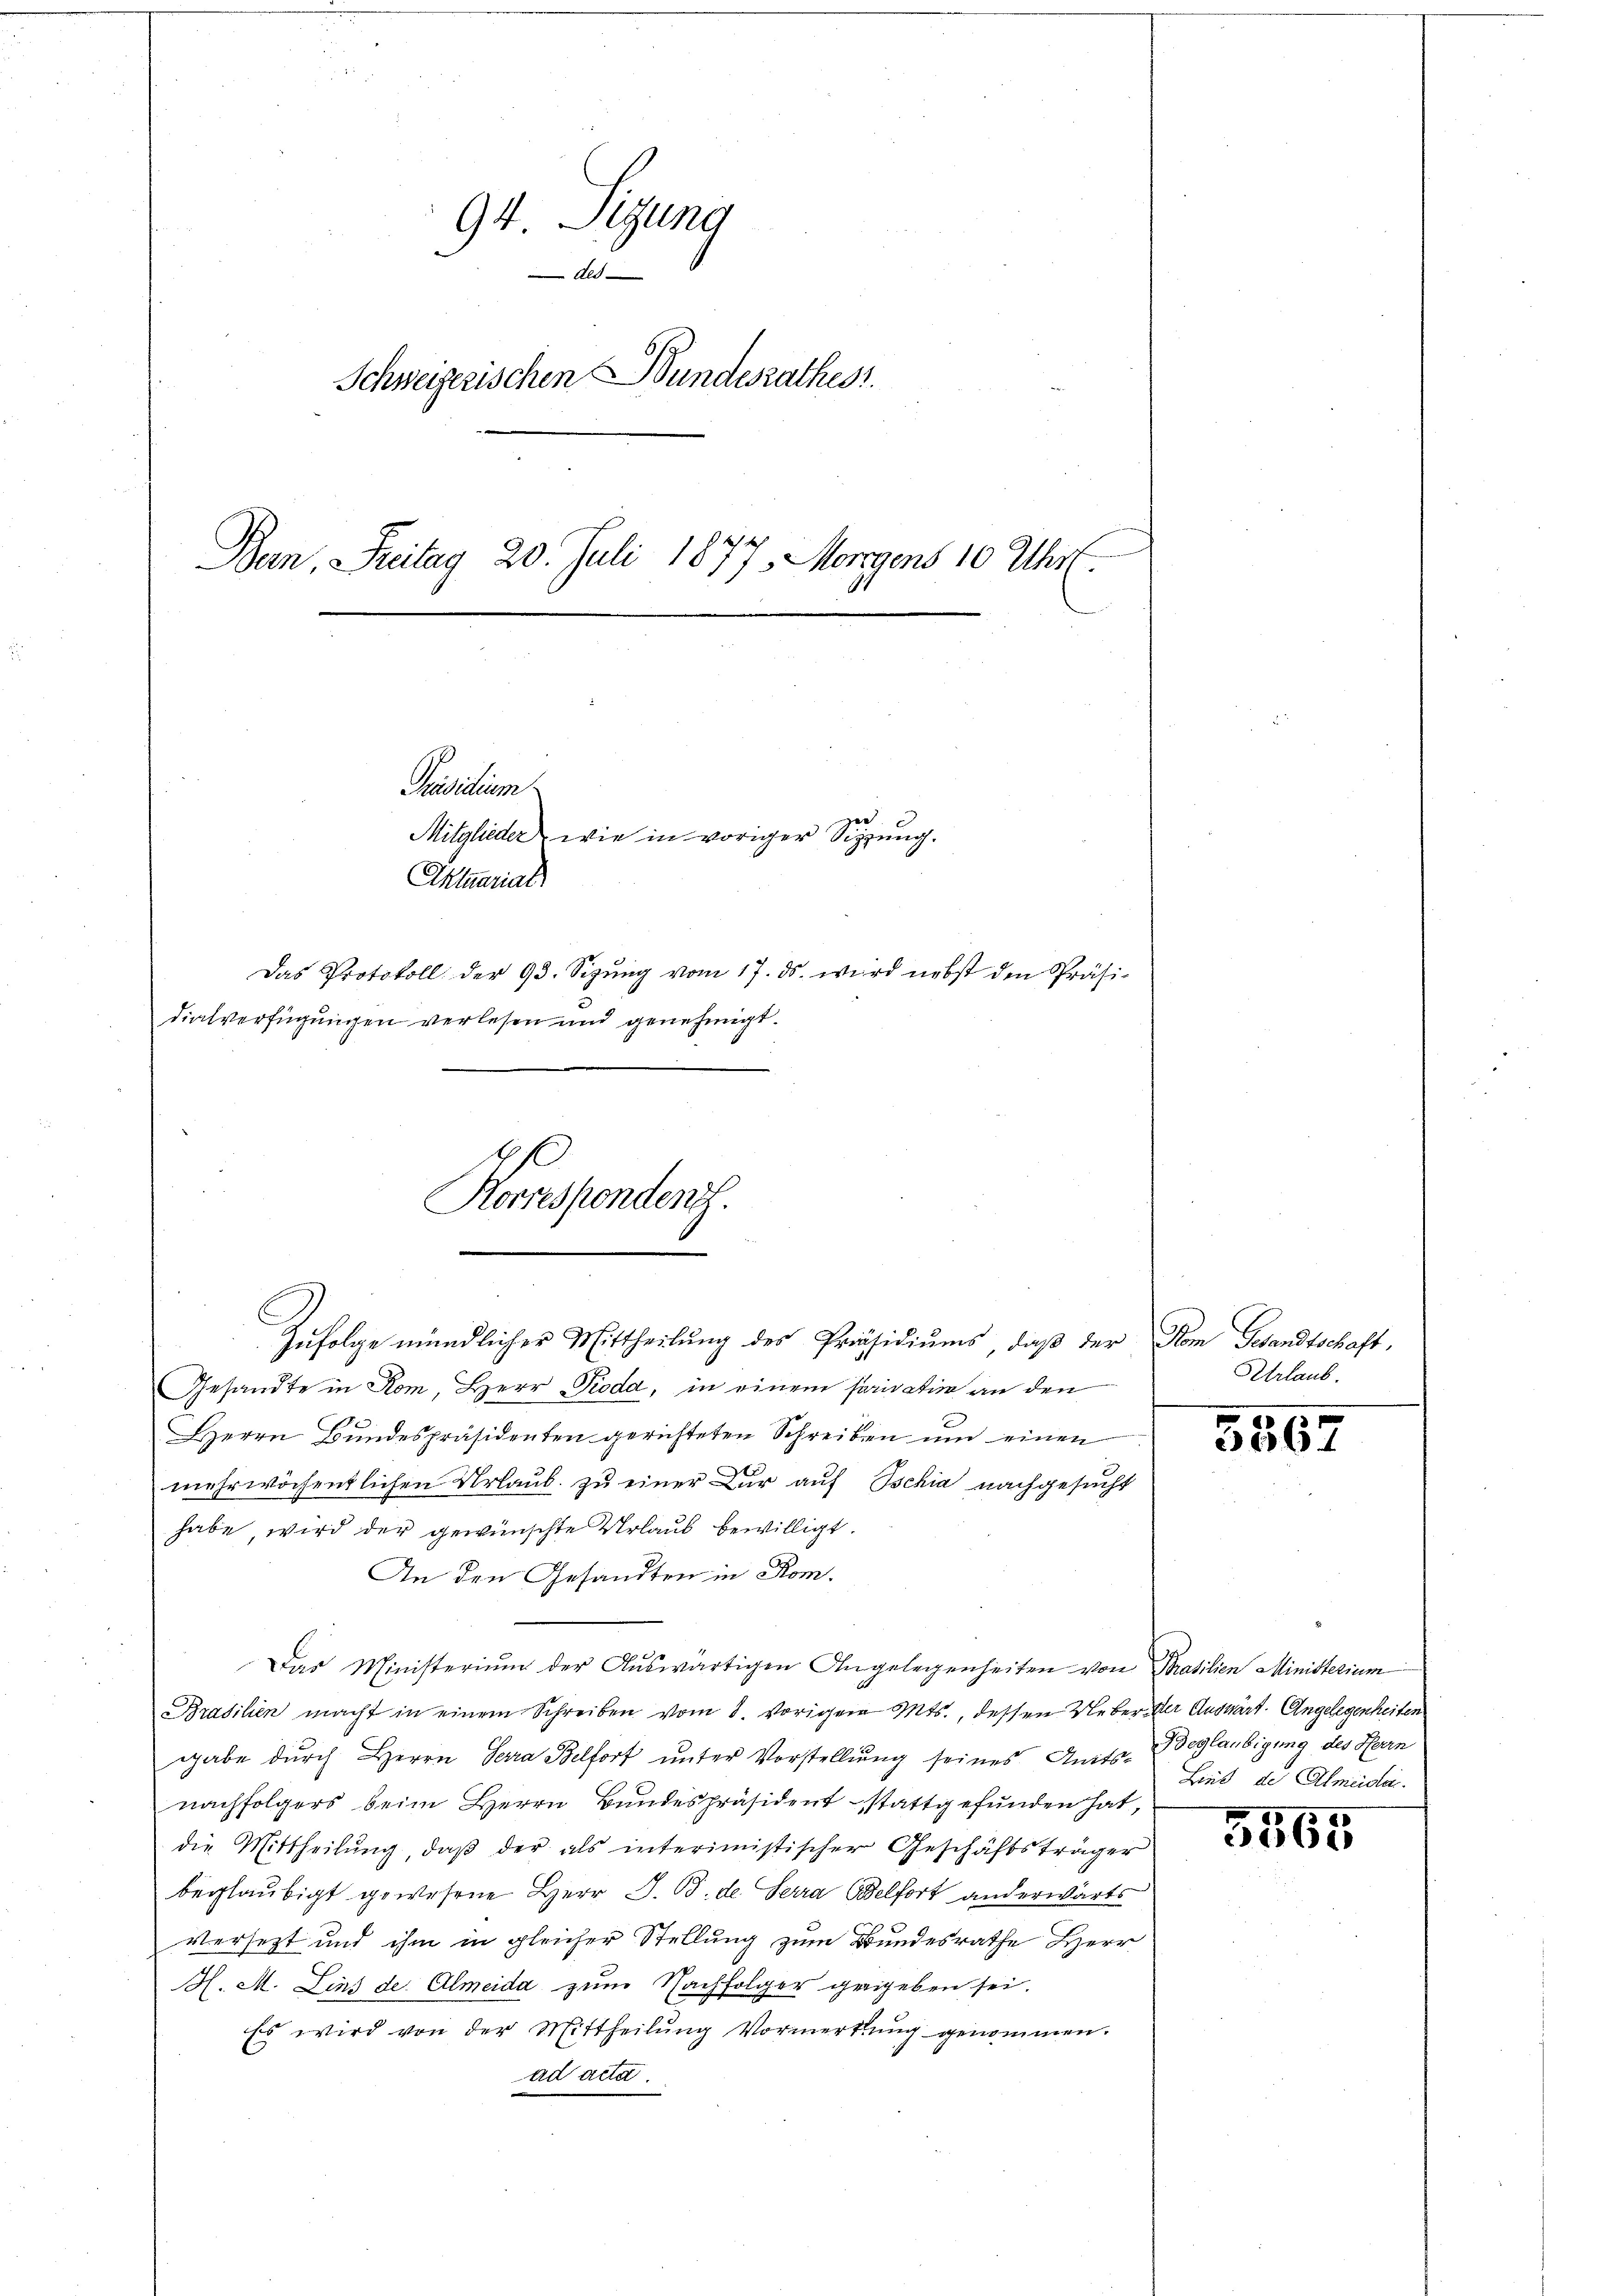
94. Sitzung
Als
Schweizerischen Wundesrathes
Bern, Freitag 20. Juli 1877. Morgens 10 Uhr.

Präsidium
ger
Mitglieder wie in voriger Sitzung.
Aktuarial
Das Protokoll der 93. Sizŭng vom 17. ds. wird nebst den Präsi-
dialverfügŭngen verlesen und genehmigt.
C
Rorresponden.

Zufolge mündlicher Mittheilung der Präsidiums, daß der Rom Gesandtschaft,
Gesandte in Rom, Herr Pioda, in einem Parivativ an den
Herrn Bundespräsidenten gerichteten Schreiben um einen
mehrwöchentlichen Urlaub zu einer Dir auf Ischia nachgesucht
habe, wird der gewünschte Urlaub bewilligt.
An den Gesandten in Rom.
Das Ministerium der Auswärtigen Angelegenheiten von Prasilien Ministerium
Brasilien macht in einem Schreiben vom 8. vorigen Mts., dessen Ueber der Auswärt. Angelegenheiten
gabe durch Herrn Sara Belfort unter Vorstellung seines Amts-Beglaubigung des Herrn
nachfolgers beim Herrn Bandespräsident stattgefunden hat,
die Mittheilung, daß der als interimistischer Geschäftsträger
beglaubigt gewesene Herr J. B. de Terra Belfort anderwärts
versetzt und ihm in gleicher Stellung zum Bundesrathe Herr
H. M. Linz de. Almeida zum Nachfolger gegeben sei.
Es wird von der Mittheilung Vormerkung genommen.
ad acta.

Urlaub.

3567

Lind der Almeide.

5565